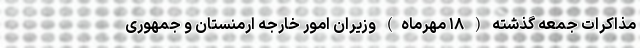
مذاکرات جمعه گذشته ( ۱۸ مهرماه) وزیران امور خارجه ارمنستان و جمهوری